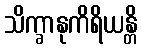
သိက္ခာနုကိရိယန္တိ